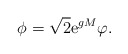
\begin{align*}\phi =\sqrt{2}{\rm e}^{gM}\varphi . \end{align*}